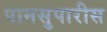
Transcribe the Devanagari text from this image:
पानसुपारीस